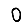
Digit: 0